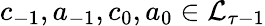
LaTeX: c_{-1},a_{-1},c_{0},a_{0}\in\mathcal{L}_{\tau-1}